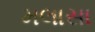
મલાસા